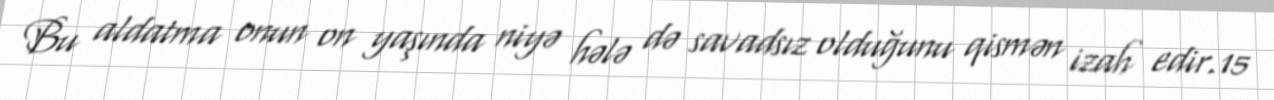
Bu aldatma onun on yaşında niyə hələ də savadsız olduğunu qismən izah edir.15